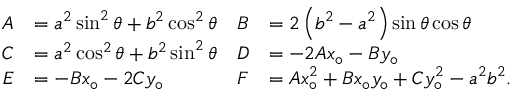
{ \begin{array} { r l r l } { A } & { = a ^ { 2 } \sin ^ { 2 } \theta + b ^ { 2 } \cos ^ { 2 } \theta } & { B } & { = 2 \left( b ^ { 2 } - a ^ { 2 } \right) \sin \theta \cos \theta } \\ { C } & { = a ^ { 2 } \cos ^ { 2 } \theta + b ^ { 2 } \sin ^ { 2 } \theta } & { D } & { = - 2 A x _ { \circ } - B y _ { \circ } } \\ { E } & { = - B x _ { \circ } - 2 C y _ { \circ } } & { F } & { = A x _ { \circ } ^ { 2 } + B x _ { \circ } y _ { \circ } + C y _ { \circ } ^ { 2 } - a ^ { 2 } b ^ { 2 } . } \end{array} }